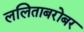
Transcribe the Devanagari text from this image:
ललिताबरोबर